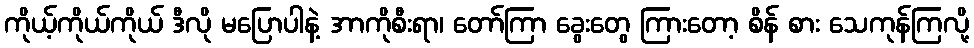
ကိုယ့်ကိုယ်ကိုယ် ဒီလို မပြောပါနဲ့ အာကိုစီးရာ၊ တော်ကြာ ခွေးတွေ ကြားတော့ စိန် စား သေကုန်ကြလို့